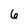
Character: 6